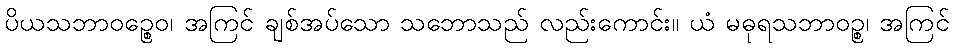
ပိယသဘာဝဉ္စေဝ၊ အကြင် ချစ်အပ်သော သဘောသည် လည်းကောင်း။ ယံ မဓုရသဘာဝဉ္စ၊ အကြင်